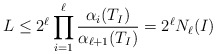
\begin{align*}L\leq 2^\ell \prod_{i=1}^\ell \frac{\alpha_i(T_{I})}{\alpha_{\ell+1}(T_{I})}=2^\ell N_{\ell}(I)\end{align*}